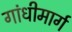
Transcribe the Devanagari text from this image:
गांधीमार्ग